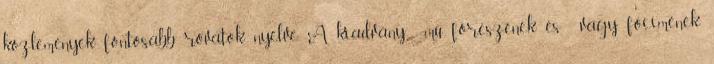
közlemények, fontosabb rovatok nyelve. A kiadvány mű főrészének és vagy főcímének